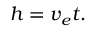
h = v _ { e } t .